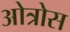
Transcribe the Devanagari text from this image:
ओत्रोस